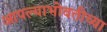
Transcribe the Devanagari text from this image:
आपल्याभोवतीच्या